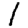
Digit: 1